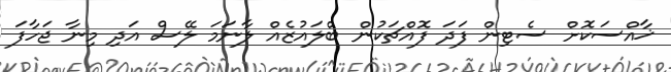
ޚާއްސަކޮށް ސެޓިން ފަދަ ފޮއްޗަކުން ބްލައުޒެއް ލާނަމަ ލޭސް އަދި މިނާ ޖަހާފަ